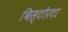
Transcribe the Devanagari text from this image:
बिस्टोरटा